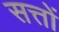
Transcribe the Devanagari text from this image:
सत्तों